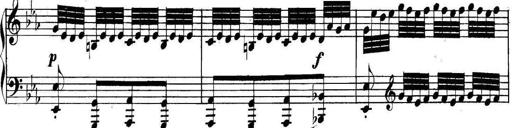
Title: Collected Piano Sonatas
Composer: Muzio Clementi